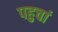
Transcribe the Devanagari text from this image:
पहुचां